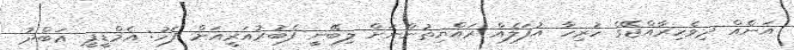
އަނެއް ދިވެހިރާއްޖޭގެ ހުރިހާ އުފަލެއް ރައްޔިތުންނަށް ލިބޭނީ ފެބުރުއަރީއަށް ފަހު: އެމްޑީޕީ ޢަބްދު